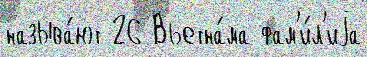
называ́ют 26 Вьетна́ма фам'и́л'иjа